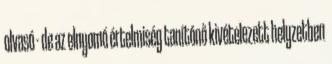
olvasó - de az elnyomó értelmiség tanítónő kivételezett helyzetben